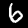
Digit: 6